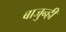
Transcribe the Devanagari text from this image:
बाजुन्ही